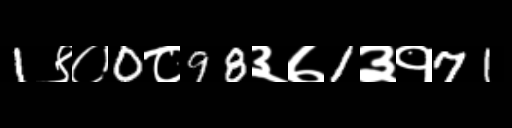
Text: 1९०0८98३७1३१71